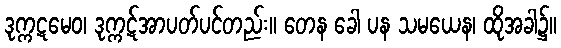
ဒုက္ကဋမေဝ၊ ဒုက္ကဋ်အာပတ်ပင်တည်း။ တေန ခေါ ပန သမယေန၊ ထိုအခါ၌။